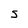
Character: S